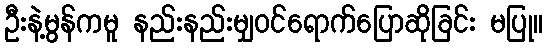
ဦးနဲ့မွန်ကမူ နည်းနည်းမျှဝင်ရောက်ပြောဆိုခြင်း မပြု။